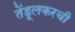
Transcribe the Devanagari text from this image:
तेंडूलकरची